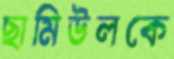
ছামিউলকে